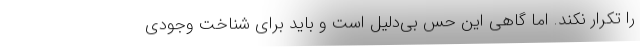
را تکرار نکند. اما گاهی این حس بی‌دلیل است و باید برای شناخت وجودی